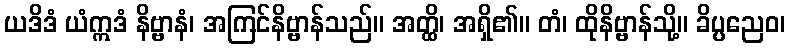
ယဒိဒံ ယံဣဒံ နိဗ္ဗာနံ၊ အကြင်နိဗ္ဗာန်သည်။ အတ္ထိ၊ အရှိ၏။ တံ၊ ထိုနိဗ္ဗာန်သို့။ ခိပ္ပညေဝ၊